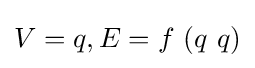
V=q,E=f\ (q\ q)